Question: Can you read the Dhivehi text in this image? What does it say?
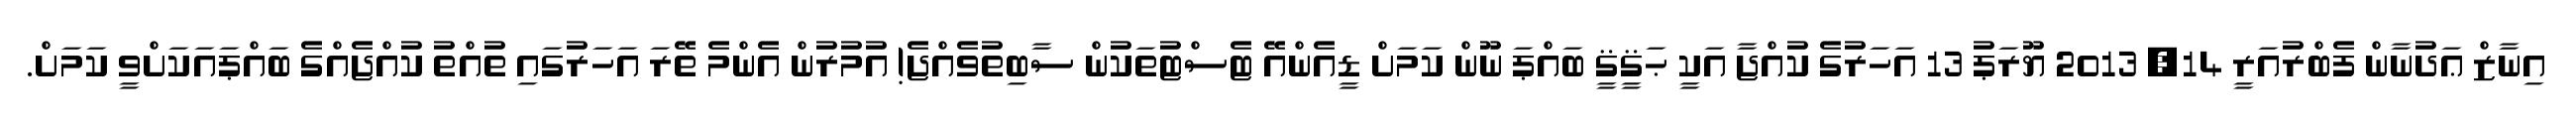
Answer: އިނާޒް ޢަދުނާން ފެބްރުއަރީ 14, 2013 ޔޫރަޕު 13 އަހަރުގެ ކުއްޖާ އަކީ ޙަޤީޤީ ބައްޕަ ނޫން ކަމަށް ޑީއެންއޭ ޓެސްޓުތަކުން ސާބިތުވެއްޖެ! އުމުރުން އެންމެ ތޭރަ އަހަރުގައި ތުއްތު ކުއްޖެއްގެ ބައްޕައަކަށްވީ ކަމަށް.